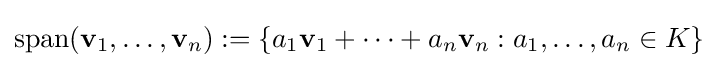
\operatorname {span} (\mathbf {v} _{1},\ldots ,\mathbf {v} _{n}):=\{a_{1}\mathbf {v} _{1}+\cdots +a_{n}\mathbf {v} _{n}:a_{1},\ldots ,a_{n}\in K\}